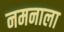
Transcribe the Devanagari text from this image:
नमनाला